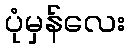
ပုံမှန်လေး